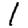
Digit: 1